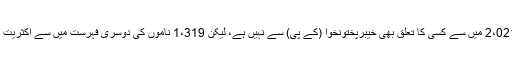
عابد قمر نے کہا کہ ان 2،021 میں سے کسی کا تعلق بھی خیبرپختونخوا (کے پی) سے نہیں ہے، لیکن 1،319 ناموں کی دوسری فہرست میں سے اکثریت کا تعلق کے پی سے ہے۔